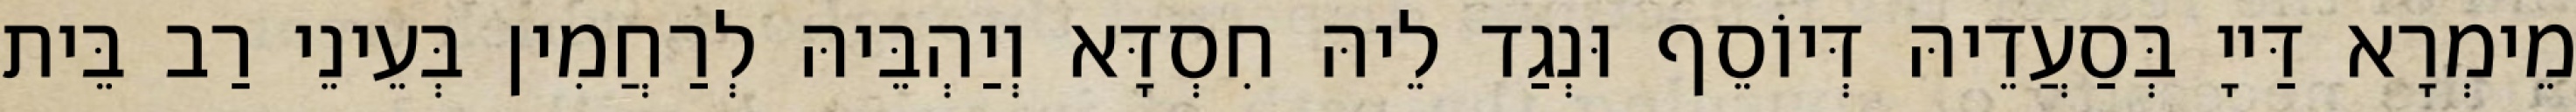
מֵימְרָא דַּייָ בְּסַעֲדֵיהּ דְּיוֹסֵף וּנְגַד לֵיהּ חִסְדָּא וְיַהְבֵּיהּ לְרַחֲמִין בְּעֵינֵי רַב בֵּית